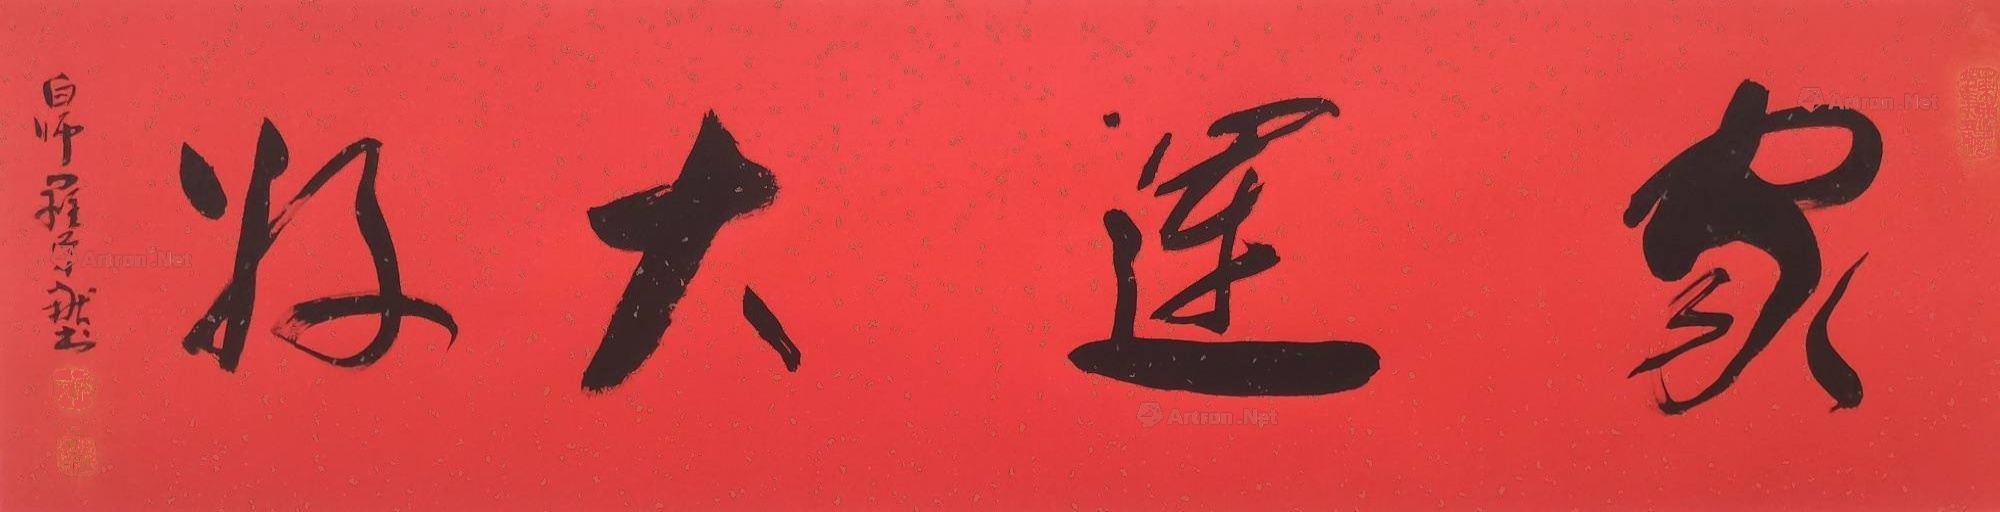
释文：家运大好罗学献